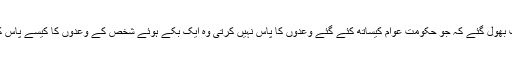
وہ یہ بات بھول گئے کہ جو حکومت عوام کیساتھ کئے گئے وعدوں کا پاس نہیں کرتی وہ ایک بکے ہوئے شخص کے وعدوں کا کیسے پاس کرے گی۔